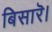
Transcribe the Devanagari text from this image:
बिसारॆ।